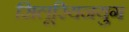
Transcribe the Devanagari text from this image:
सिलूरियनयुग